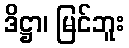
ဒိဋ္ဌာ၊ မြင်ဘူး